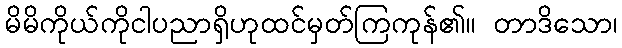
မိမိကိုယ်ကိုငါပညာရှိဟုထင်မှတ်ကြကုန်၏။ တာဒိသော၊